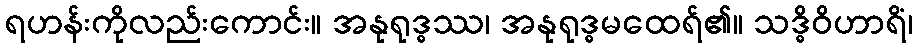
ရဟန်းကိုလည်းကောင်း။ အနုရုဒ္ဓဿ၊ အနုရုဒ္ဓမထေရ်၏။ သဒ္ဓိဝိဟာရိံ၊